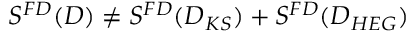
S ^ { F D } ( D ) \ne S ^ { F D } ( D _ { K S } ) + S ^ { F D } ( D _ { H E G } )